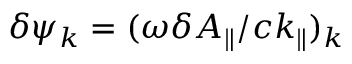
\delta \psi _ { k } = ( \omega \delta A _ { \parallel } / c k _ { \parallel } ) _ { k }